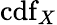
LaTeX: \operatorname{cdf}_{X}